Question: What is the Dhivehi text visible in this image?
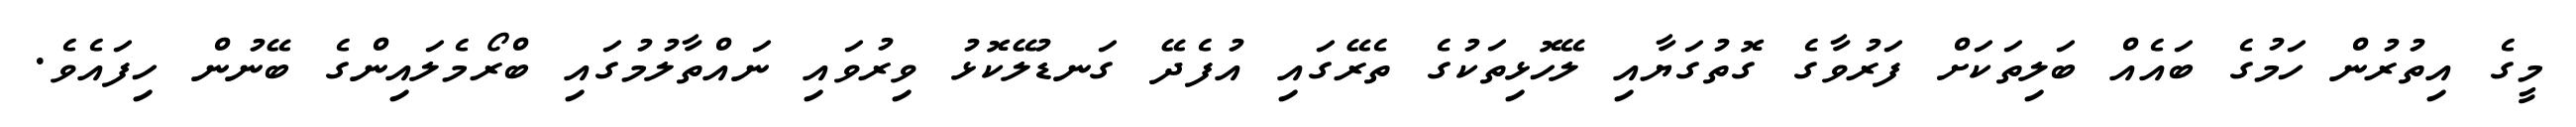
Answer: މީގެ އިތުރުން ހަމުގެ ބައެއް ބަލިތަކަށް ފަރުވާގެ ގޮތުގަޔާއި ލޭހޮޅިތަކުގެ ތެރޭގައި އުފެދޭ ގަނޑުލޭކޮޅު ވިރުވައި ނައްތާލުމުގައި ބްރޯމެލައިންގެ ބޭނުން ހިފައެވެ.